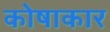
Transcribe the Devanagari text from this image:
कोषाकार